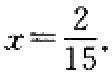
\(x = \frac{2}{15}\)